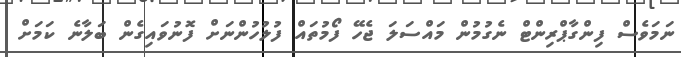
ނަމަވެސް ފިންގާޕްރިންޓް ނެގުމުން މައްސަލަ ޖެހޭ ފޯމުތައް ފުލުހުންނަށް ފޮނުވައިގެން ބަލާނެ ކަމަށް